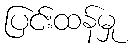
ပြင်းထန်မှု